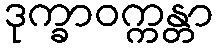
ဒုက္ခာဝက္ကန္တာ